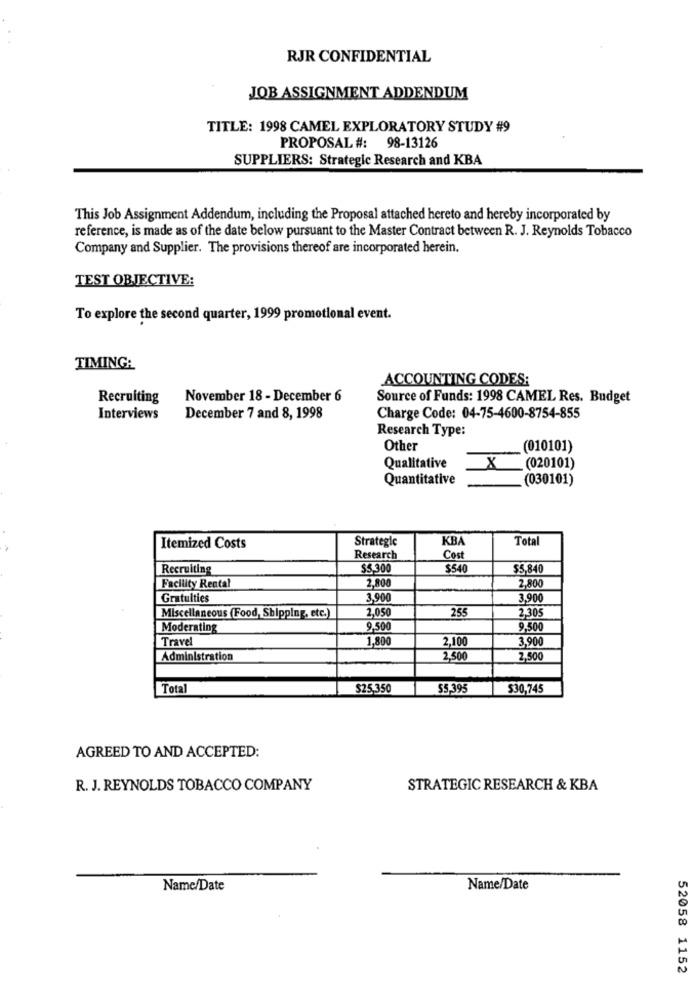
RJR CONFIDENTIAL
JOB ASSIGNMENT ADDENDUM
TITLE: 1998 CAMEL EXPLORATORY STUDY #9
PROPOSAL #: 98-13126
SUPPLIERS: Strategic Research and KBA
This Job Assignment Addendum, including the Proposal attached hereto and hereby incorporated by
reference, is made as of the date below pursuant to the Master Contract between R. J. Reynolds Tobacco
Company and Supplier. The provisions thereof are incorporated herein.
TEST OBJECTIVE:
To explore the second quarter, 1999 promotional event.
TIMING:
ACCOUNTING CODES:
Recruiting
November 18 - December 6
Source of Funds: 1998 CAMEL Res. Budget
Interviews
December 7 and 8, 1998
Charge Code: 04-75-4600-8754-855
Research Type:
Other
(010101)
Qualitative
(020101)
Quantitative
(030101)
Strategic
KBA
Total
Itemized Costs
Research
Cost
Recruiting
$5,300
$540
$5,840
2,800
Facility Rental
2,800
Gratulties
3.900
3,900
2.050
255
2,305
Miscellaneous (Food, Shipping, etc.)
Moderating
9.500
9.500
Travel
1,800
2,100
3,900
Administration
2.500
2,500
Total
$25,350
$5,395
$30,745
AGREED TO AND ACCEPTED:
R. J. REYNOLDS TOBACCO COMPANY
STRATEGIC RESEARCH & KBA
Name/Date
Name/Date
52058 1152